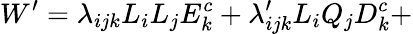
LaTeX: W^{\prime}=\lambda_{ijk}L_{i}L_{j}E_{k}^{c}+\lambda_{ijk}^{\prime}L_{i}Q_{j}D_{k}^{c}+